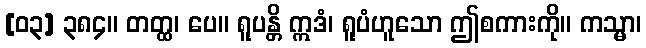
[၀၃] ၃၈၄။ တတ္ထ၊ ပေ။ ရူပန္တိ ဣဒံ၊ ရူပံဟူသော ဤစကားကို။ ကသ္မာ၊